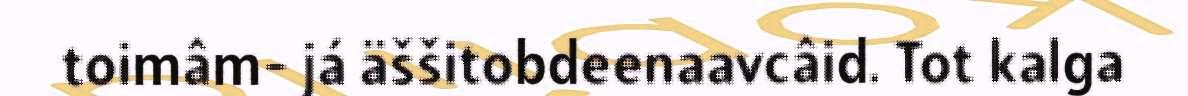
toimâm- já äššitobdeenaavcâid. Tot kalga